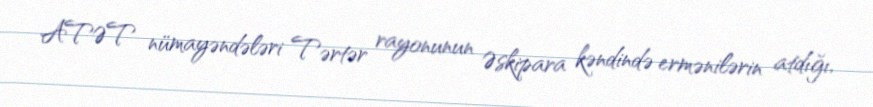
ATƏT nümayəndələri Tərtər rayonunun Əskipara kəndində ermənilərin atdığı,